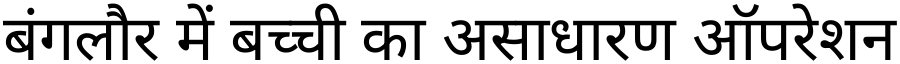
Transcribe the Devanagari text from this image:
बंगलौर में बच्ची का असाधारण ऑपरेशन